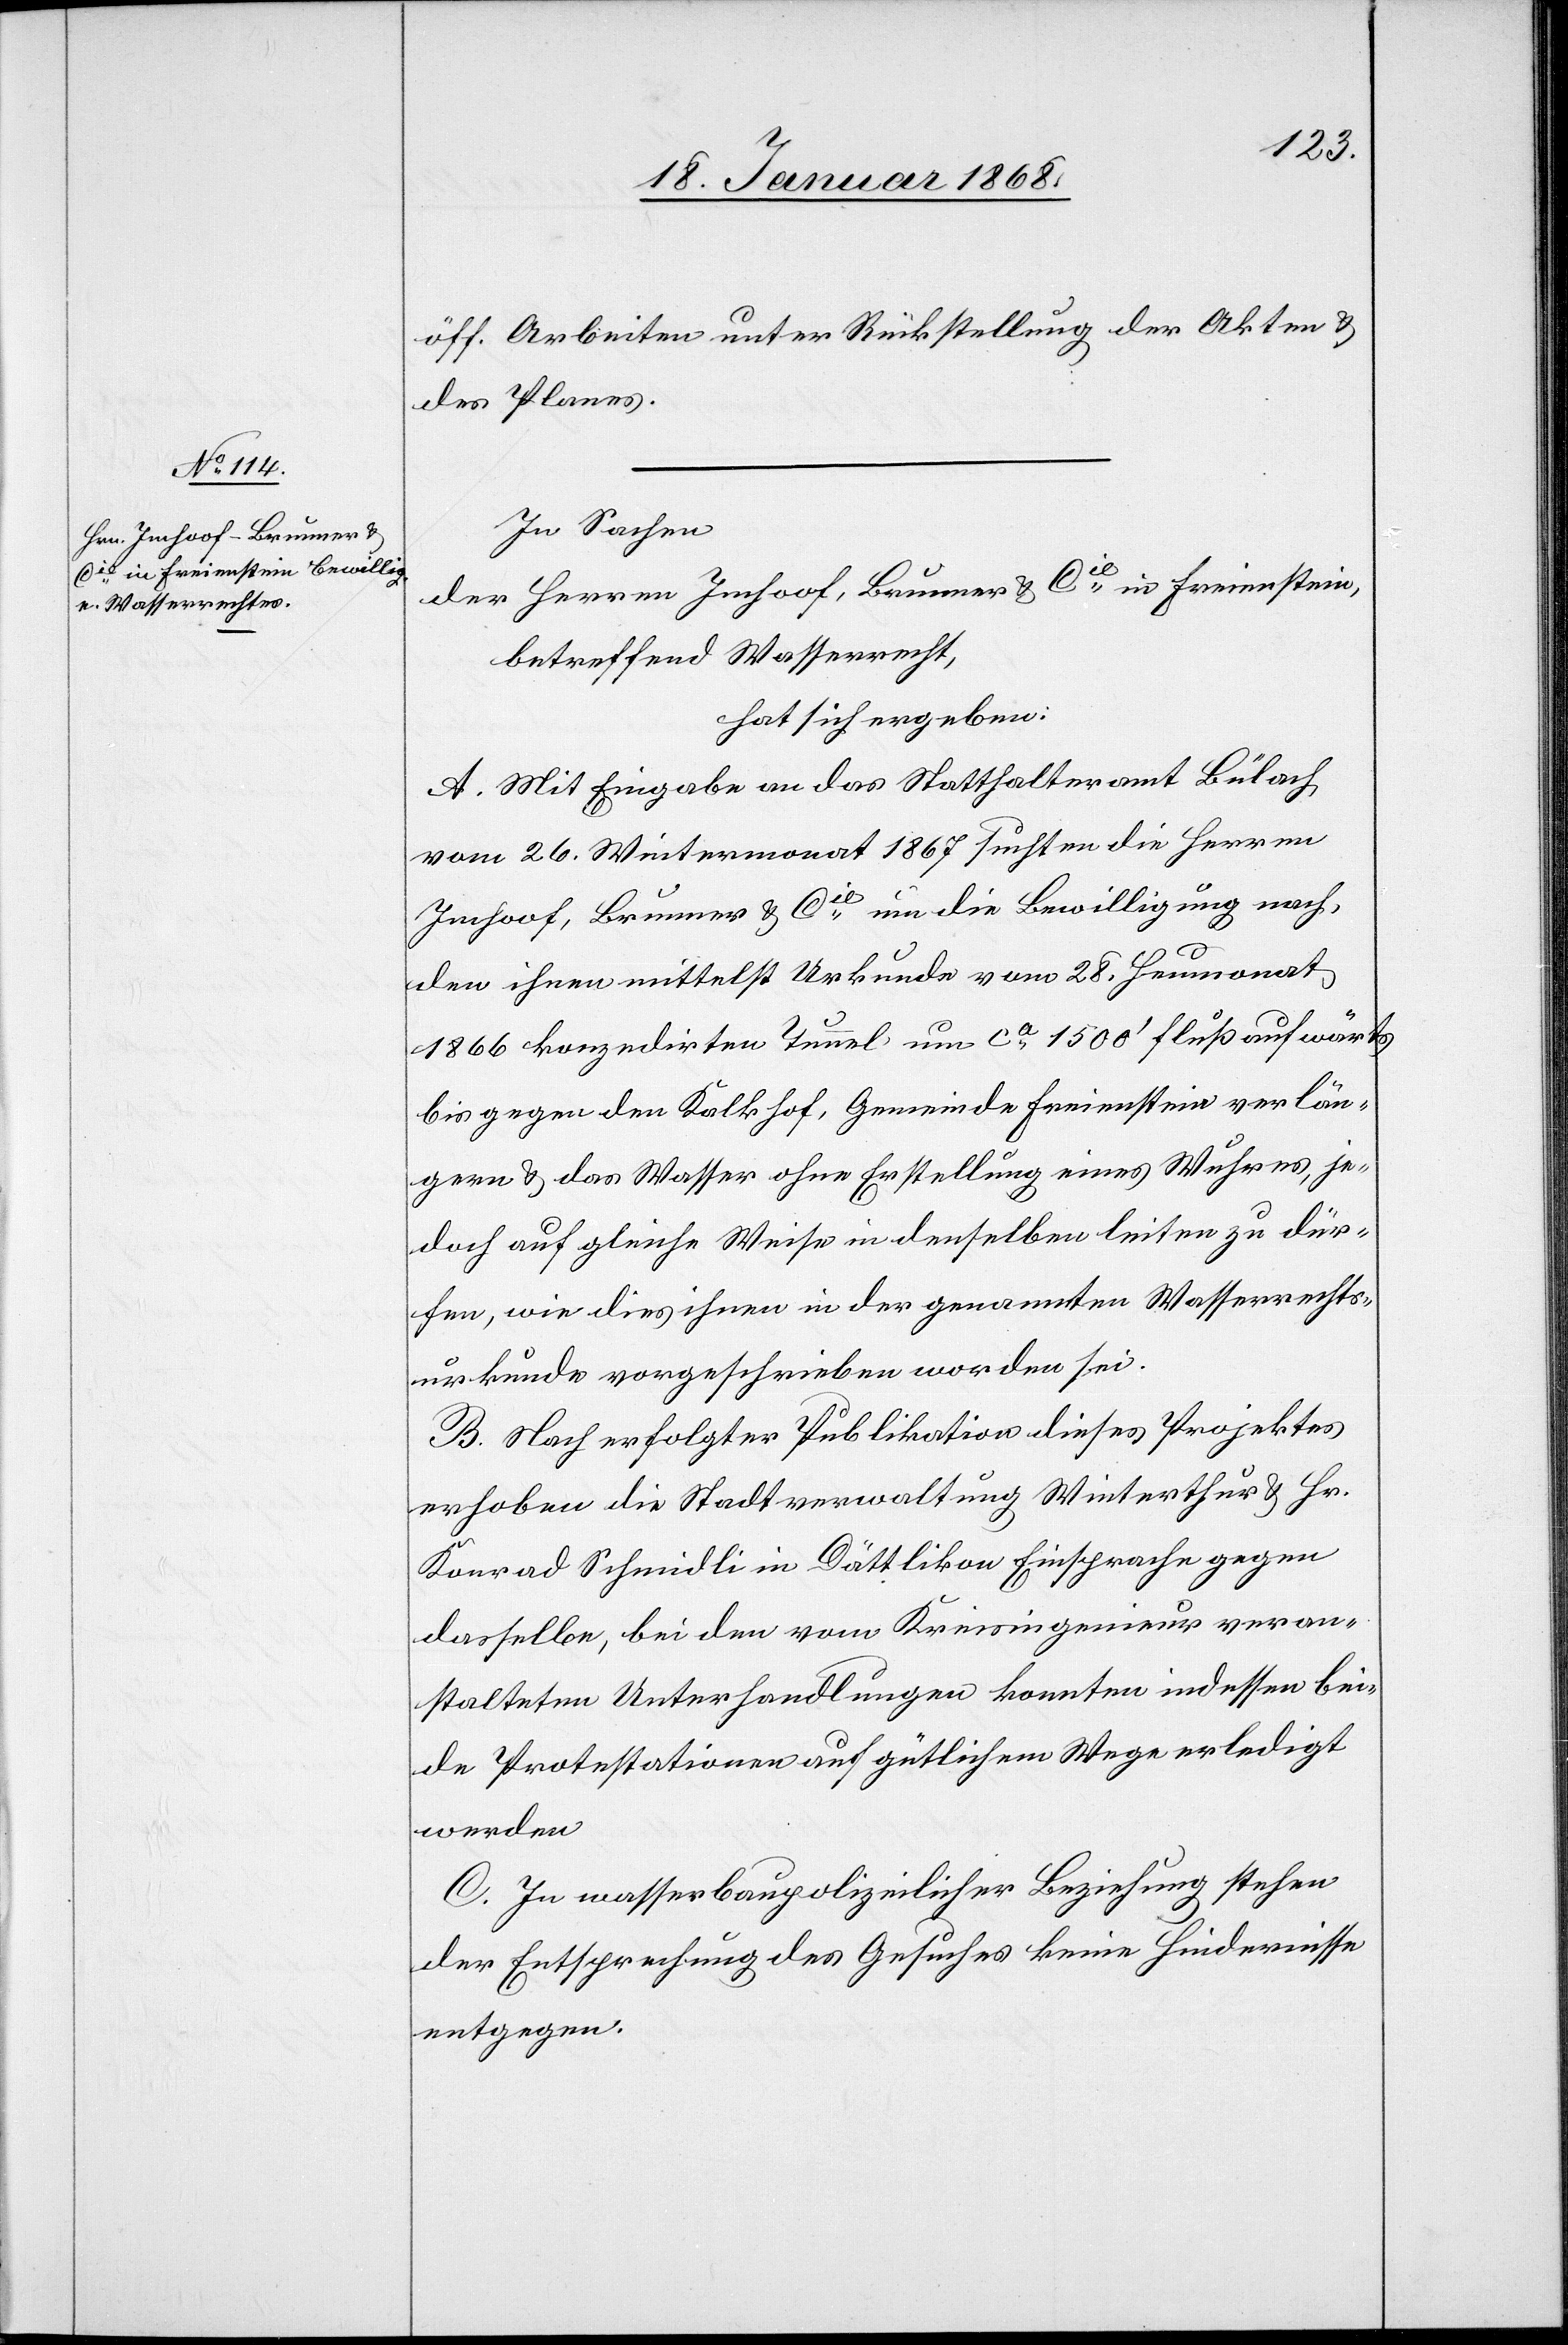
öff. Arbeiten unter Rückstellung der Akten &
des Planes.
In Sachen
der Herren Imhoof, Brunner & Cie. in Freienstein,
betreffend Wasserrecht,
hat sich ergeben:
A. Mit Eingabe an das Statthalteramt Bülach
vom 26. Wintermonat 1867 suchten die Herren
Imhoof, Brunner & Cie. um die Bewilligung nach,
den ihnen mittelst Urkunde vom 28. Heumonat
1866 konzedirten Tunnel um ca. 1500‘ flußaufwärts
bis gegen den Kalkhof, Gemeinde Freienstein verlän¬
gern & das Wasser ohne Erstellung eines Wuhres, je¬
doch auf gleiche Weise in denselben leiten zu dür¬
fen, wie dies ihnen in der genannten Wasserrechts¬
urkunde vorgeschrieben worden sei.
B. Nach erfolgter Publikation dieses Projektes
erhoben die Stadtverwaltung Winterthur & Hr.
Konrad Schmidli in Dättlikon Einsprache gegen
dasselbe, bei den vom Kreisingenieur veran¬
stalteten Unterhandlungen konnten indessen bei¬
de Protestationen auf gütlichem Wege erledigt
werden
C. In wasserbaupolizeilicher Beziehung stehen
der Entsprechung des Gesuches keine Hindernisse
entgegen.